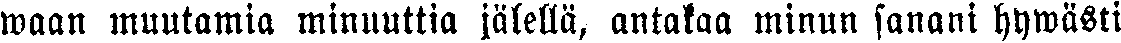
waan muutamia minuuttia jälellä, antakaa minun sanani hywästi